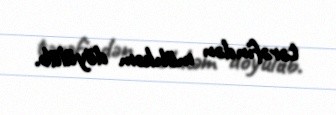
tərəfindən möhkəm döyülüb.